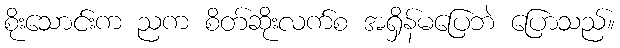
စိုးသောင်းက ညက စိတ်ဆိုးလက်စ အရှိန်မပြေဘဲ ပြောသည်။